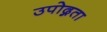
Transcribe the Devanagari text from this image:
उपोद्गता